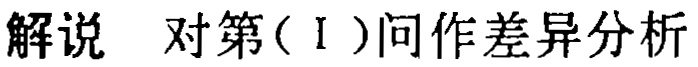
解说 对第（I ）问作差异分析